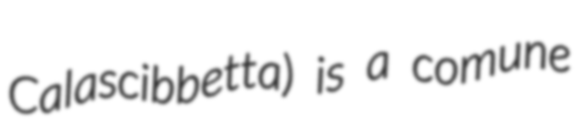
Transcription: Calascibbetta) is a comune